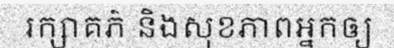
រក្សាគភ៌ និងសុខភាពអ្នកឲ្យ